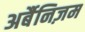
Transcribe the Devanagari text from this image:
अर्बैनिज़म